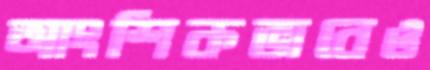
আংশিকভাবেও